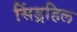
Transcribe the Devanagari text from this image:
सिंड्रहिल